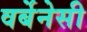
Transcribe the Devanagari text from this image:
वर्बेनेसी